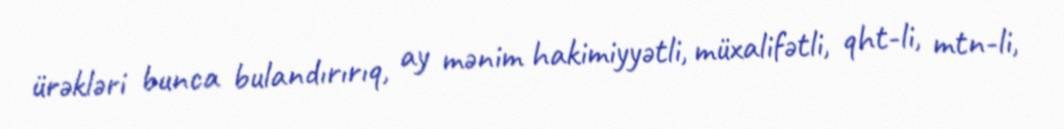
ürəkləri bunca bulandırırıq, ay mənim hakimiyyətli, müxalifətli, qht-li, mtn-li,